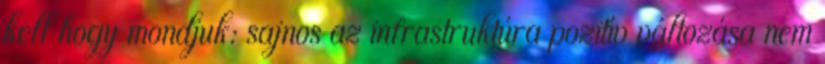
kell hogy mondjuk: sajnos az infrastruktúra pozitív változása nem